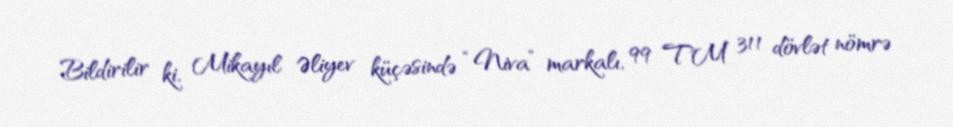
Bildirilir ki, Mikayıl Əliyev küçəsində “Niva” markalı, 99 TM 311 dövlət nömrə